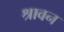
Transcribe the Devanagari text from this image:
श्रावन